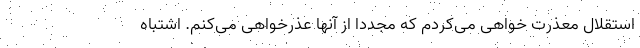
استقلال معذرت خواهی می‌کردم که مجددا از آنها عذرخواهی می‌کنم. اشتباه